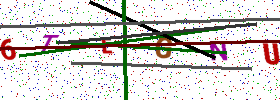
Text: 6TEGNU